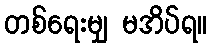
တစ်ရေးမျှ မအိပ်ရ။